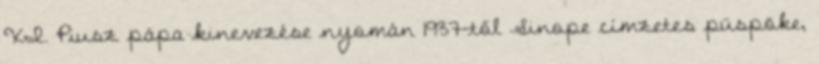
XI. Piusz pápa kinevezése nyomán 1937-től Sinope címzetes püspöke,